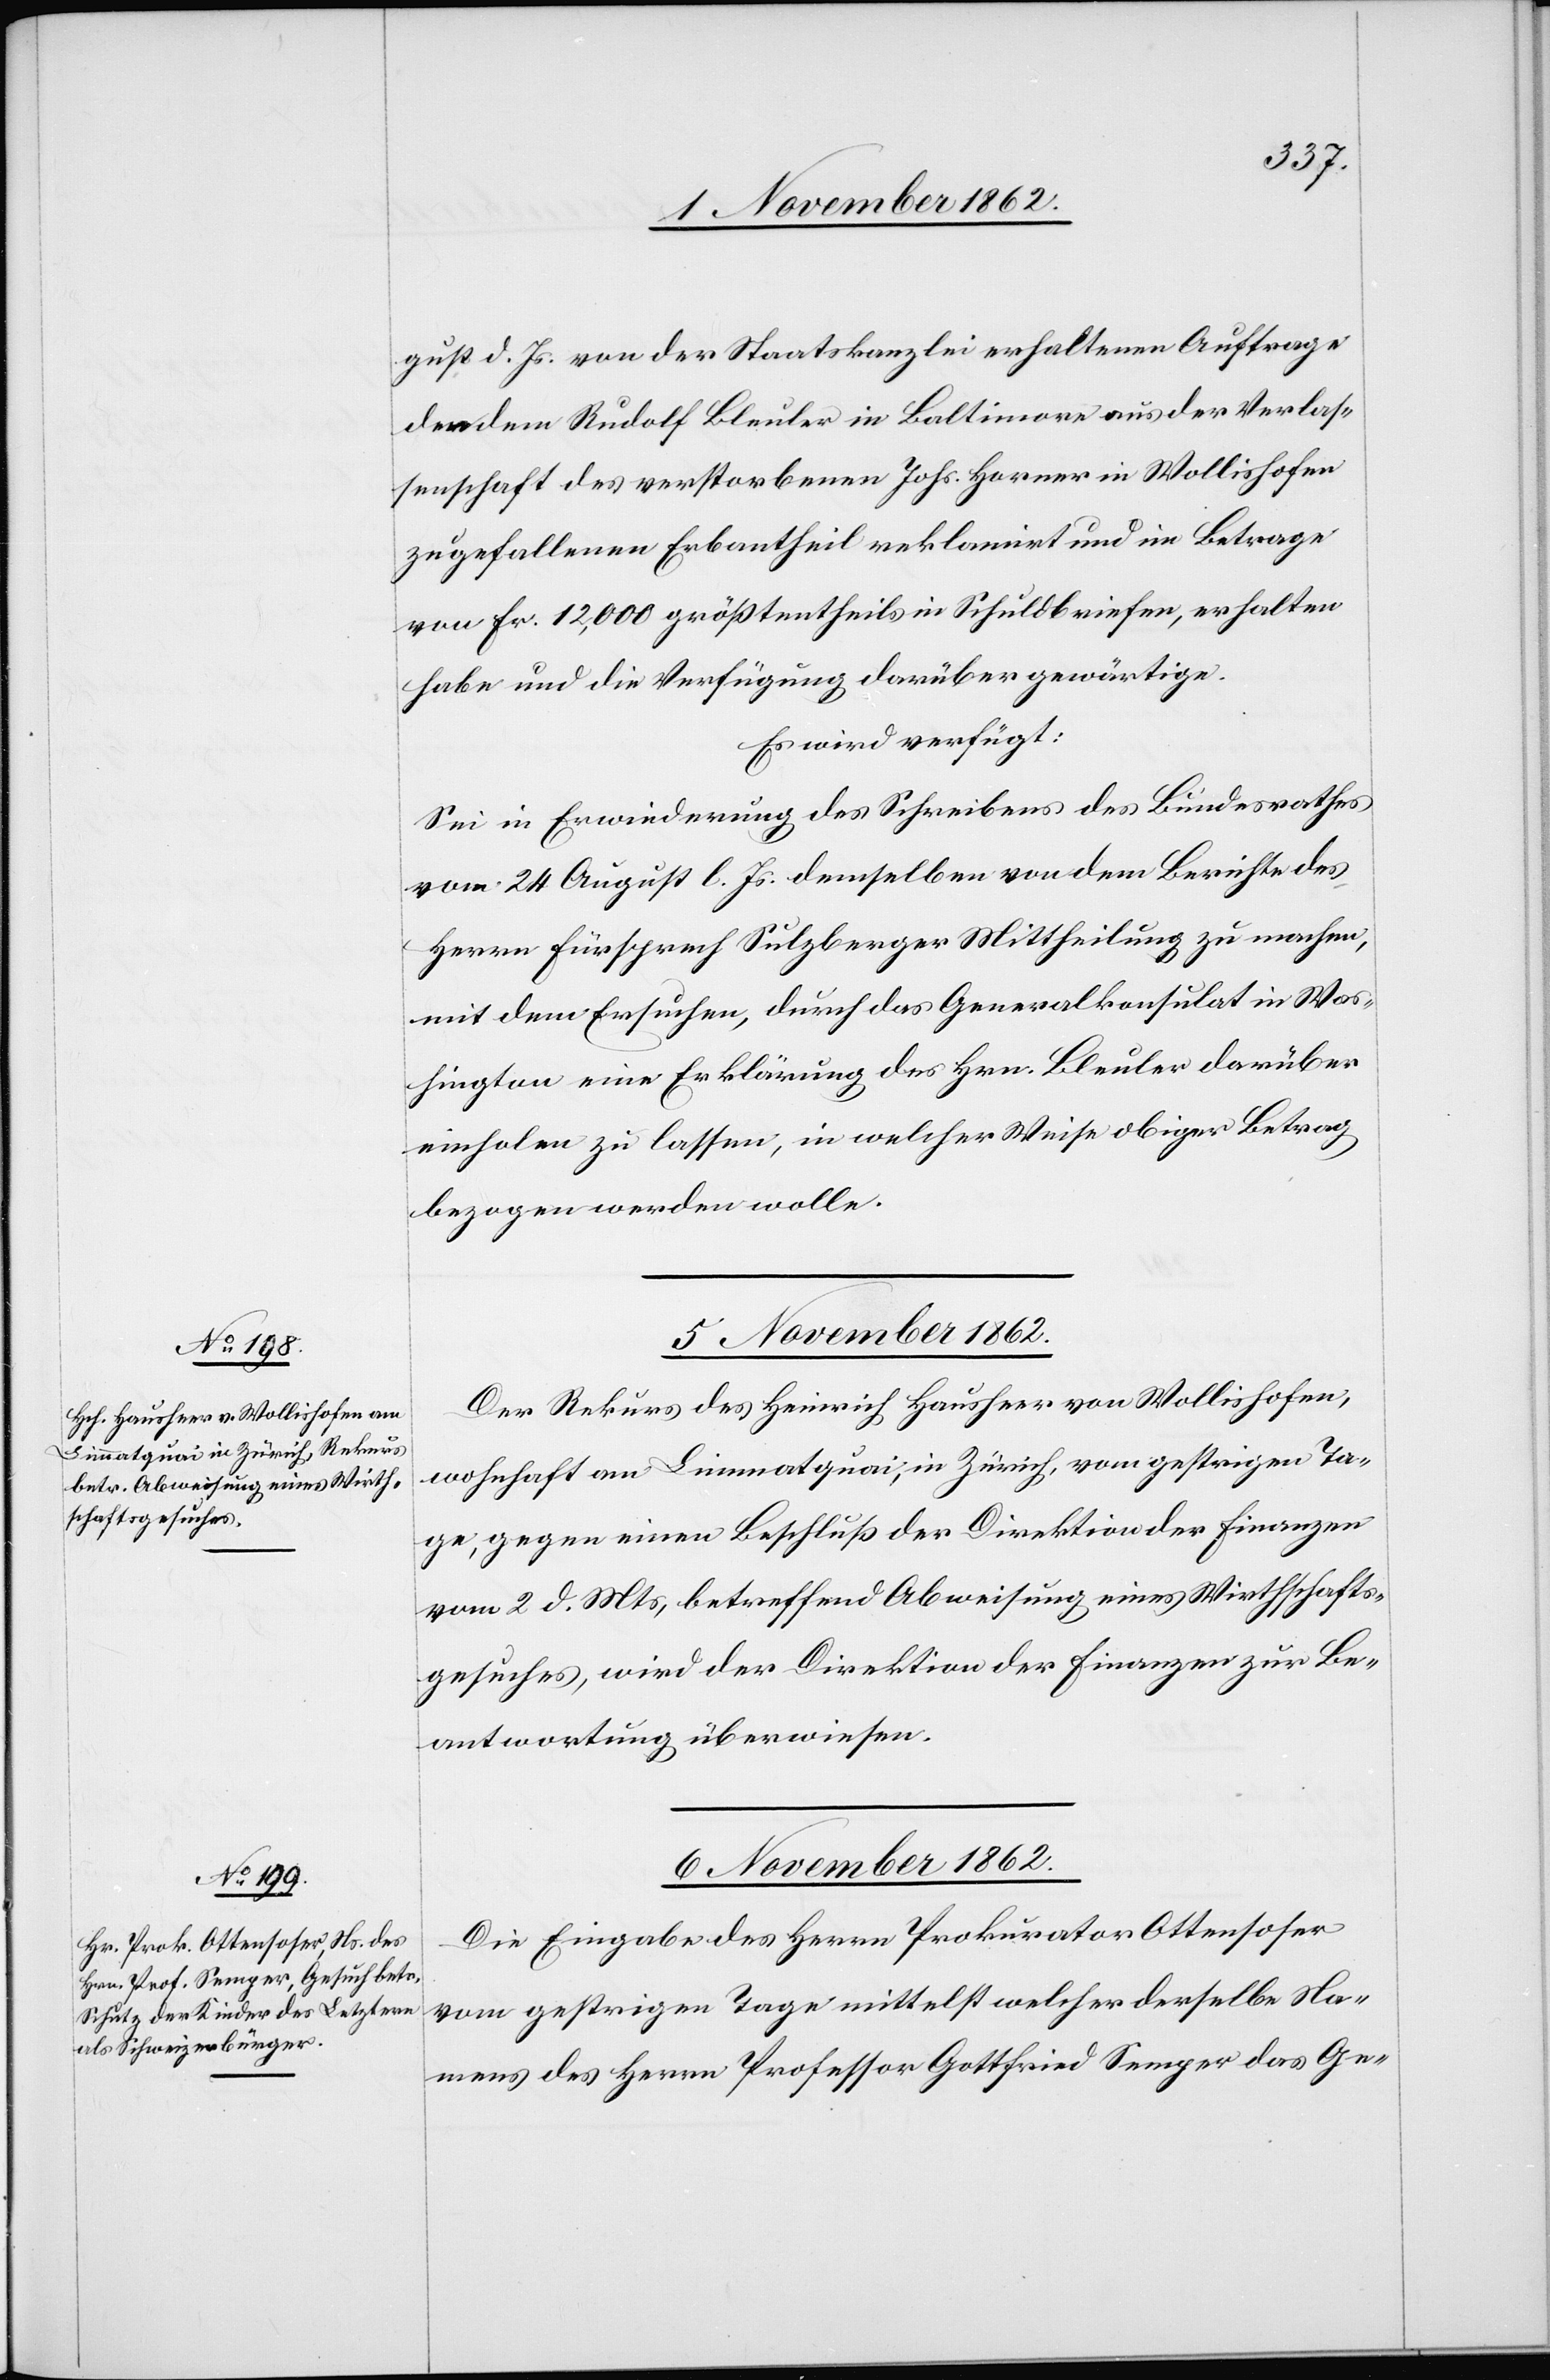
6. November 1862.
gust d. Js. von der Staatskanzlei erhaltenen Auftrage
den dem Rudolf Bleuler in Baltimore aus der Verlas¬
senschaft des verstorbenen Johs. Horner in Wollishofen
zugefallenen Erbantheil reklamirt und im Betrage
von Fr. 12,000 größtentheils in Schuldbriefen, erhalten
habe und die Verfügung darüber gewärtige.
Es wird verfügt:
Sei in Erwiederung des Schreibens des Bundesrathes
vom 24. August l. Js. demselben von dem Berichte des
Herrn Fürsprech Sulzberger Mittheilung zu machen,
mit dem Ersuchen, durch das Generalkonsulat in Was¬
hington eine Erklärung des Hrn. Bleuler darüber
einholen zu lassen, in welcher Weise obiger Betrag
bezogen werden wolle.
5. November 1862.
Der Rekurs des Heinrich Hausheer von Wollishofen,
wohnhaft am Limmatquai, in Zürich, vom gestrigen Ta¬
ge, gegen einen Beschluß der Direktion der Finanzen
vom 2. d. Mts, betreffend Abweisung eines Wirthschafts¬
gesuches, wird der Direktion der Finanzen zur Be¬
antwortung überwiesen.
Die Eingabe des Herrn Prokurator Ottensoser
vom gestrigen Tage mittelst welcher derselbe Na¬
mens des Herrn Professor Gottfried Semper das Ge-